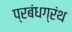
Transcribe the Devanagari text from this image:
प्रबंधग्रंथ